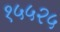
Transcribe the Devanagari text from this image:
१५५२५